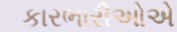
કારભારીઓએ